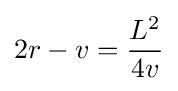
2r-v={\frac {L^{2}}{4v}}